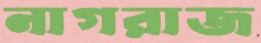
নাগরাজ